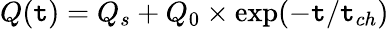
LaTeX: Q(\mathtt{t})=Q_{s}+Q_{0}\times\exp(-\mathtt{t}/\mathtt{t}_{ch})